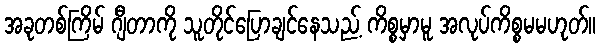
အခုတစ်ကြိမ် ဂျီတာကို သူတိုင်ပြောချင်နေသည့် ကိစ္စမှာမူ အလုပ်ကိစ္စမမဟုတ်။